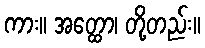
ကား။ အတ္ထော၊ တို့တည်း။